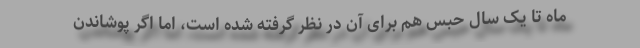
ماه تا یک سال حبس هم برای آن در نظر گرفته شده است، امّا اگر پوشاندن